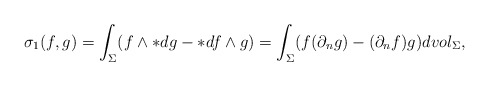
\begin{align*}\sigma_1(f,g)=\int_\Sigma(f\wedge *dg-*df\wedge g) = \int_\Sigma (f (\partial_n g) - (\partial_n f)g)dvol_\Sigma,\end{align*}